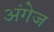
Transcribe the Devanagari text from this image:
अंगेज